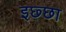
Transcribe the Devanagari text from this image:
इछ्छा